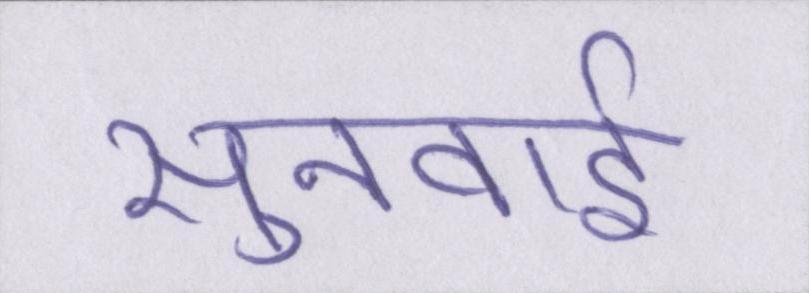
सुनवाई